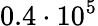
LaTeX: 0.4\cdot 10^{5}